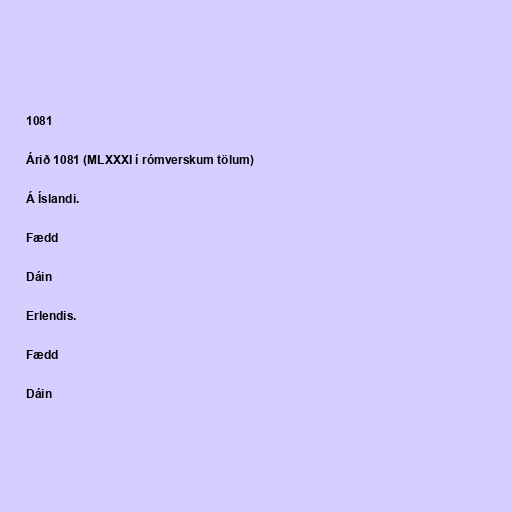
1081

Árið 1081 (MLXXXI í rómverskum tölum)

Á Íslandi.

Fædd

Dáin

Erlendis.

Fædd

Dáin